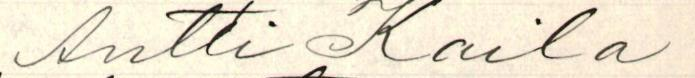
Antti Kaila